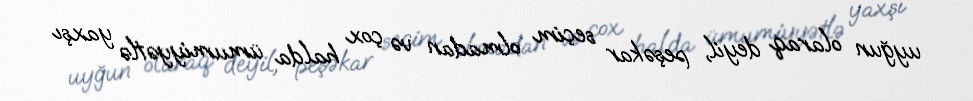
uyğun olaraq deyil, peşəkar seçim olmadan və çox halda ümumiyyətlə yaxşı